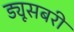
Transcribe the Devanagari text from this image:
ड्यूसबरी